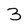
Character: 3